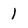
Character: 1